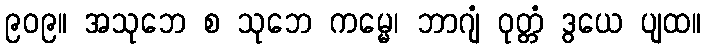
၉၀၉။ အသုဘေ စ သုဘေ ကမ္မေ၊ ဘာဂျံ ဝုတ္တံ ဒွယေ ပျထ။